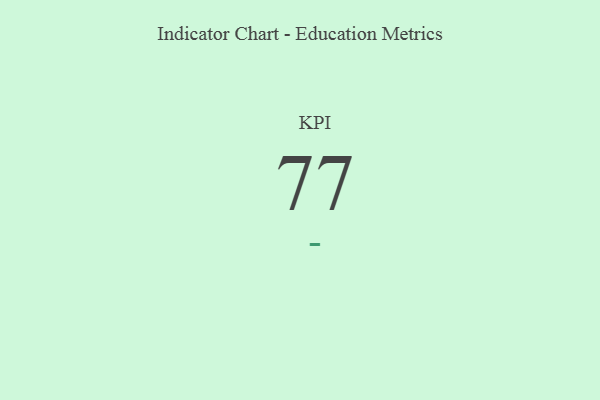
{"axis": {"x": "KPI", "y": "Value"}, "legend": [""], "data": [{"x": "KPI", "y": 77, "type": ""}]}